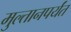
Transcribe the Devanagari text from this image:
मुल्तानपर्यंत